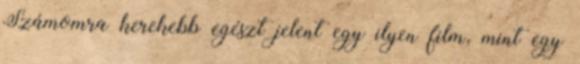
Számomra kerekebb egészt jelent egy ilyen film, mint egy